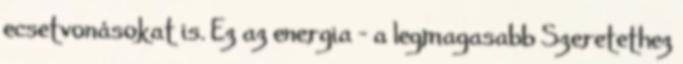
ecsetvonásokat is. Ez az energia – a legmagasabb Szeretethez